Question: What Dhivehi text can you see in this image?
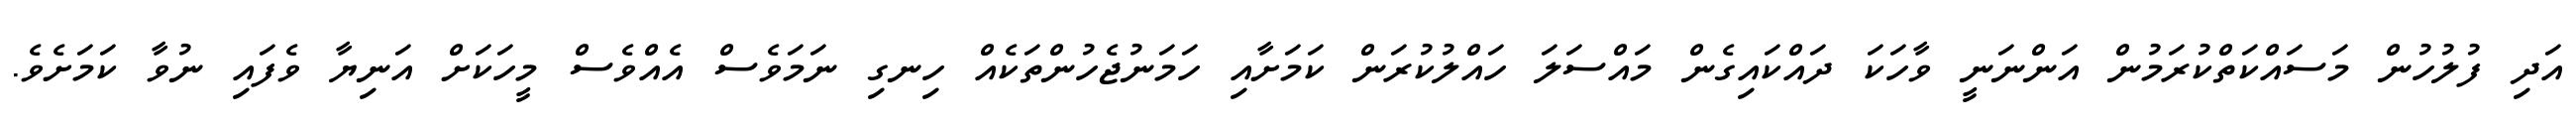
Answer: އަދި ފުލުހުން މަސައްކަތްކުރަމުން އަންނަނީ ވާހަކަ ދައްކައިގެން މައްސަލަ ހައްލުކުރަން ކަމަށާއި ހަމަނުޖެހުންތަކެއް ހިނގި ނަމަވެސް އެއްވެސް މީހަކަށް އަނިޔާ ވެފައި ނުވާ ކަމަށެވެ.